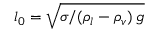
l _ { 0 } = \sqrt { \sigma / ( \rho _ { l } - \rho _ { v } ) \: g }